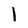
Character: l